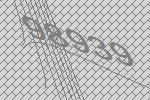
98939